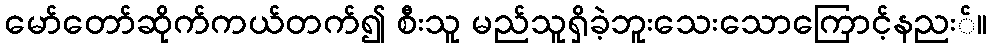
မော်တော်ဆိုက်ကယ်တက်၍ စီးသူ မည်သူရှိခဲ့ဘူးသေးသောကြောင့်နညး်။